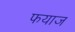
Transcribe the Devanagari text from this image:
फयाज